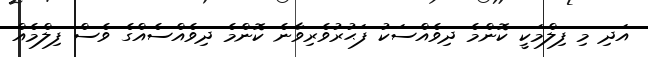
އަދި މި ފިލްމަކީ ކޮންމެ ދިވެއްސަކު ފަޙުރުވެރިވާނެ ކޮންމެ ދިވެއްސެއްގެ ވެސް ފިލްމެއް